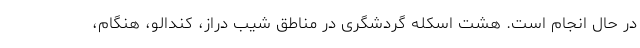
در حال انجام است. هشت اسکله گردشگری در مناطق شیب دراز، کندالو، هنگام،